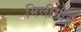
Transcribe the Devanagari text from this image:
मिलीग्रीस